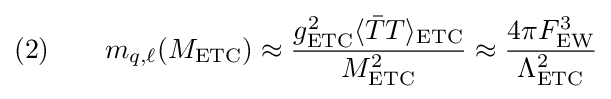
(2)\qquad m_{q,\ell }(M_{\text{ETC}})\approx {\frac {g_{\text{ETC}}^{2}\langle {\bar {T}}T\rangle _{\text{ETC}}}{M_{\text{ETC}}^{2}}}\approx {\frac {4\pi F_{\text{EW}}^{3}}{\Lambda _{\text{ETC}}^{2}}}